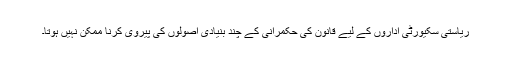
ریاستی سکیورٹی اداروں کے لیے قانون کی حکمرانی کے چند بنیادی اصولوں کی پیروی کرنا ممکن نہیں ہوتا۔